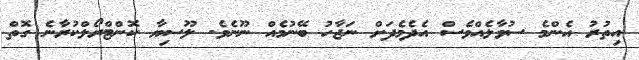
އިތުރު އެންމެ ސުވާލެއްވެސް އެދެމެދަށް ނަޖާހު ބޭނުމެއް ނޫނެވެ. ލޫސިޔާ ކޮންޓްރޯލްކުރާނެ ގޮތް